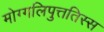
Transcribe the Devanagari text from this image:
मोग्गलिपुत्ततिस्स